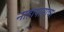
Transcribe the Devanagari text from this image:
नाहापानाचा